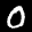
Label: 0